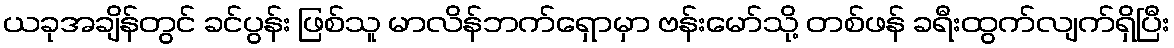
ယခုအချိန်တွင် ခင်ပွန်း ဖြစ်သူ မာလိန်ဘက်ရှောမှာ ဗန်းမော်သို့ တစ်ဖန် ခရီးထွက်လျက်ရှိပြီး